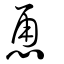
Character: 恿